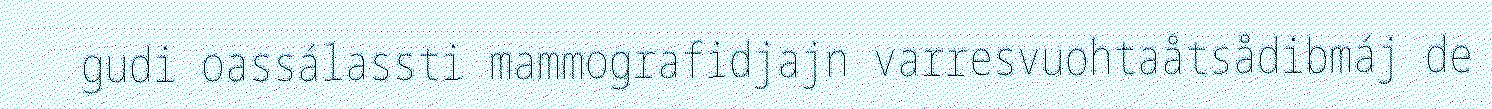
gudi oassálassti mammografidjajn varresvuohtaåtsådibmáj de